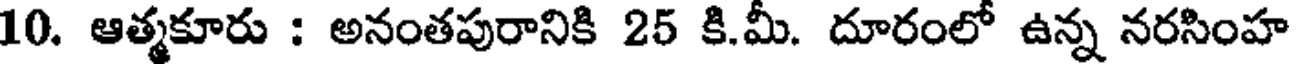
10. ఆత్మకూరు : అనంతపురానికి 25 కి.మీ. దూరంలో ఉన్న నరసింహ